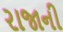
રાજાની